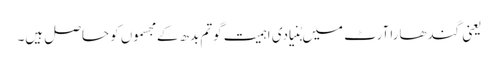
یعنی گندھارا آرٹ میں بُنیادی اہمیت گوتم بدھ کے مجسموں کو حاصل ہیں۔